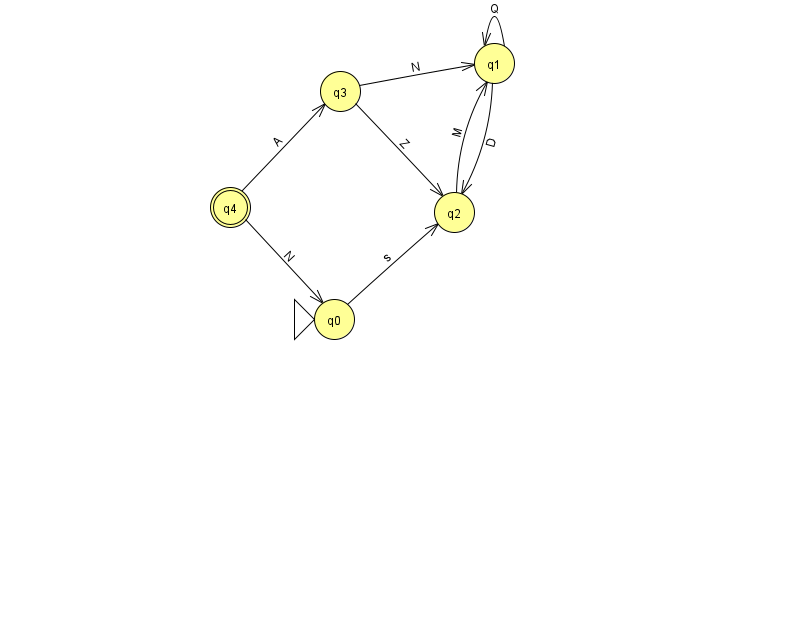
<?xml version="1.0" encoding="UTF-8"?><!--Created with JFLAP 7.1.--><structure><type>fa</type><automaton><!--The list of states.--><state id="0" name="q0"><x>334.0</x><y>306.0</y><initial/></state><state id="1" name="q1"><x>494.0</x><y>50.0</y></state><state id="2" name="q2"><x>454.0</x><y>199.0</y></state><state id="3" name="q3"><x>340.0</x><y>78.0</y></state><state id="4" name="q4"><x>230.0</x><y>194.0</y><final/></state><!--The list of transitions.--><transition><from>1</from><to>1</to><read>Q</read></transition><transition><from>3</from><to>2</to><read>Z</read></transition><transition><from>3</from><to>1</to><read>N</read></transition><transition><from>4</from><to>3</to><read>A</read></transition><transition><from>1</from><to>2</to><read>D</read></transition><transition><from>2</from><to>1</to><read>M</read></transition><transition><from>4</from><to>0</to><read>N</read></transition><transition><from>0</from><to>2</to><read>s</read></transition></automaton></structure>